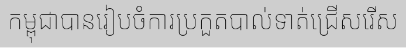
កម្ពុជាបានរៀបចំការប្រកួតបាល់ទាត់ជ្រើសរើស